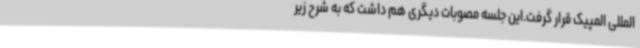
‌المللی المپیک قرار گرفت.این جلسه مصوبات دیگری هم داشت که به شرح زیر